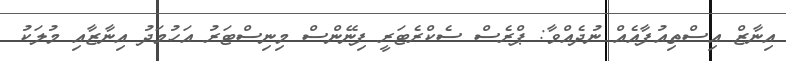
އިނާޒް އިސްތިއުފާއެއް ނުދެއްވާ: ޕްރެސް ސެކްރެޓަރީ ފިނޭންސް މިނިސްޓަރު އަހުމަދު އިނާޒާއި މުލަކު